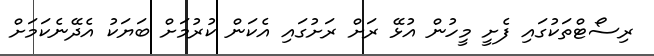
ރިސޯޓްތަކުގައި ފެށީ މީހުން އުޅޭ ރަށް ރަށުގައި އެކަން ކުރުމަށް ބަޔަކު އެދޭނެކަމަށް